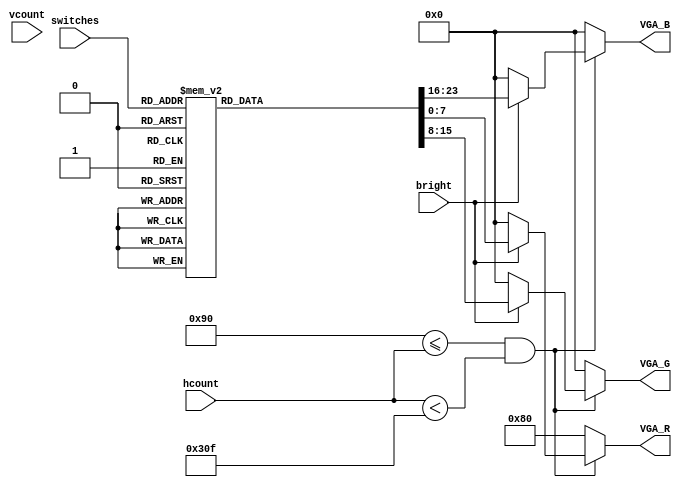
/*
	The input switches are used to map 8 pre-defined colors.
	The currently selected color is output as three 8-bit vectors for the R, G, and B values.
*/
module bitGen1(
	input bright,
	input [9:0] hcount,
	input [9:0] vcount,
	input [2:0] switches,
	output reg[7:0] VGA_R,
	output reg[7:0] VGA_G,
	output  reg[7:0] VGA_B
);

// Parameters used to encode 8 colors.
parameter BLACK = 3'b000;
parameter BLUE = 3'b001;
parameter GREEN = 3'b010;
parameter LIGHTBLUE = 3'b011;
parameter RED = 3'b100;
parameter PINK = 3'b101;
parameter YELLOW = 3'b110;
parameter WHITE = 3'b111;

always@(*)
begin
	// If in the display region of the screen and "bright" is enabled then display the color that's indicated on the switches.
	if(10'd144 <= hcount && hcount < 10'd783)
	begin
		if(~bright)
		begin
				VGA_R <= 8'b00000000;
				VGA_G <= 8'b00000000;
				VGA_B <= 8'b00000000;
		end
		else
			case(switches)
				BLACK: begin
					VGA_R <= 8'b00111100;
					VGA_G <= 8'b00111100;
					VGA_B <= 8'b00111100;
				end
				
				BLUE: begin
					VGA_R <= 8'b00000000;
					VGA_G <= 8'b00000000;
					VGA_B <= 8'b10000000;
				end
				
				GREEN: begin
					VGA_R <= 8'b00000000;
					VGA_G <= 8'b10000000;
					VGA_B <= 8'b00000000;
				end
				
				LIGHTBLUE: begin
					VGA_R <= 8'b10000111;
					VGA_G <= 8'b11001110;
					VGA_B <= 8'b11101011;
				end
				
				RED: begin
					VGA_R <= 8'b10000000;
					VGA_G <= 8'b00000000;
					VGA_B <= 8'b00000000;
				end
				
				PINK: begin
					VGA_R <= 8'b11101110;
					VGA_G <= 8'b10000010;
					VGA_B <= 8'b11101110;
				end
				
				YELLOW: begin
					VGA_R <= 8'b11111111;
					VGA_G <= 8'b11111111;
					VGA_B <= 8'b00000000;
				end
				
				WHITE: begin
					VGA_R <= 8'b11111111;
					VGA_G <= 8'b11111111;
					VGA_B <= 8'b11111111;
				end
			endcase
	end
	else
		begin
				VGA_R <= 8'b10000000;
				VGA_G <= 8'b00000000;
				VGA_B <= 8'b00000000;
		end
end

endmodule